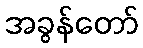
အခွန်တော်